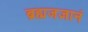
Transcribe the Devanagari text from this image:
ब्रह्मजज्ञानं